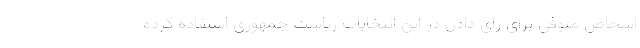
اشخاص متوفی برای رای دادن در این انتخابات ریاست جمهوری استفاده کرده